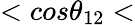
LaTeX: <cos\theta_{12}<